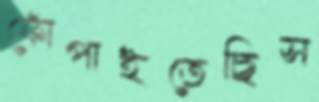
ফোঁপাইতেছিস